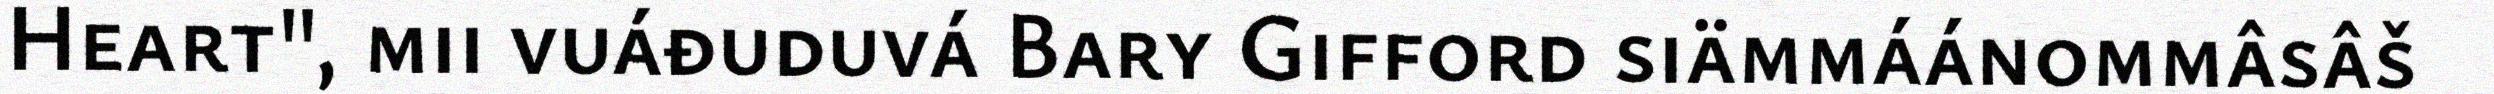
Heart", mii vuáđuduvá Bary Gifford siämmáánommâsâš